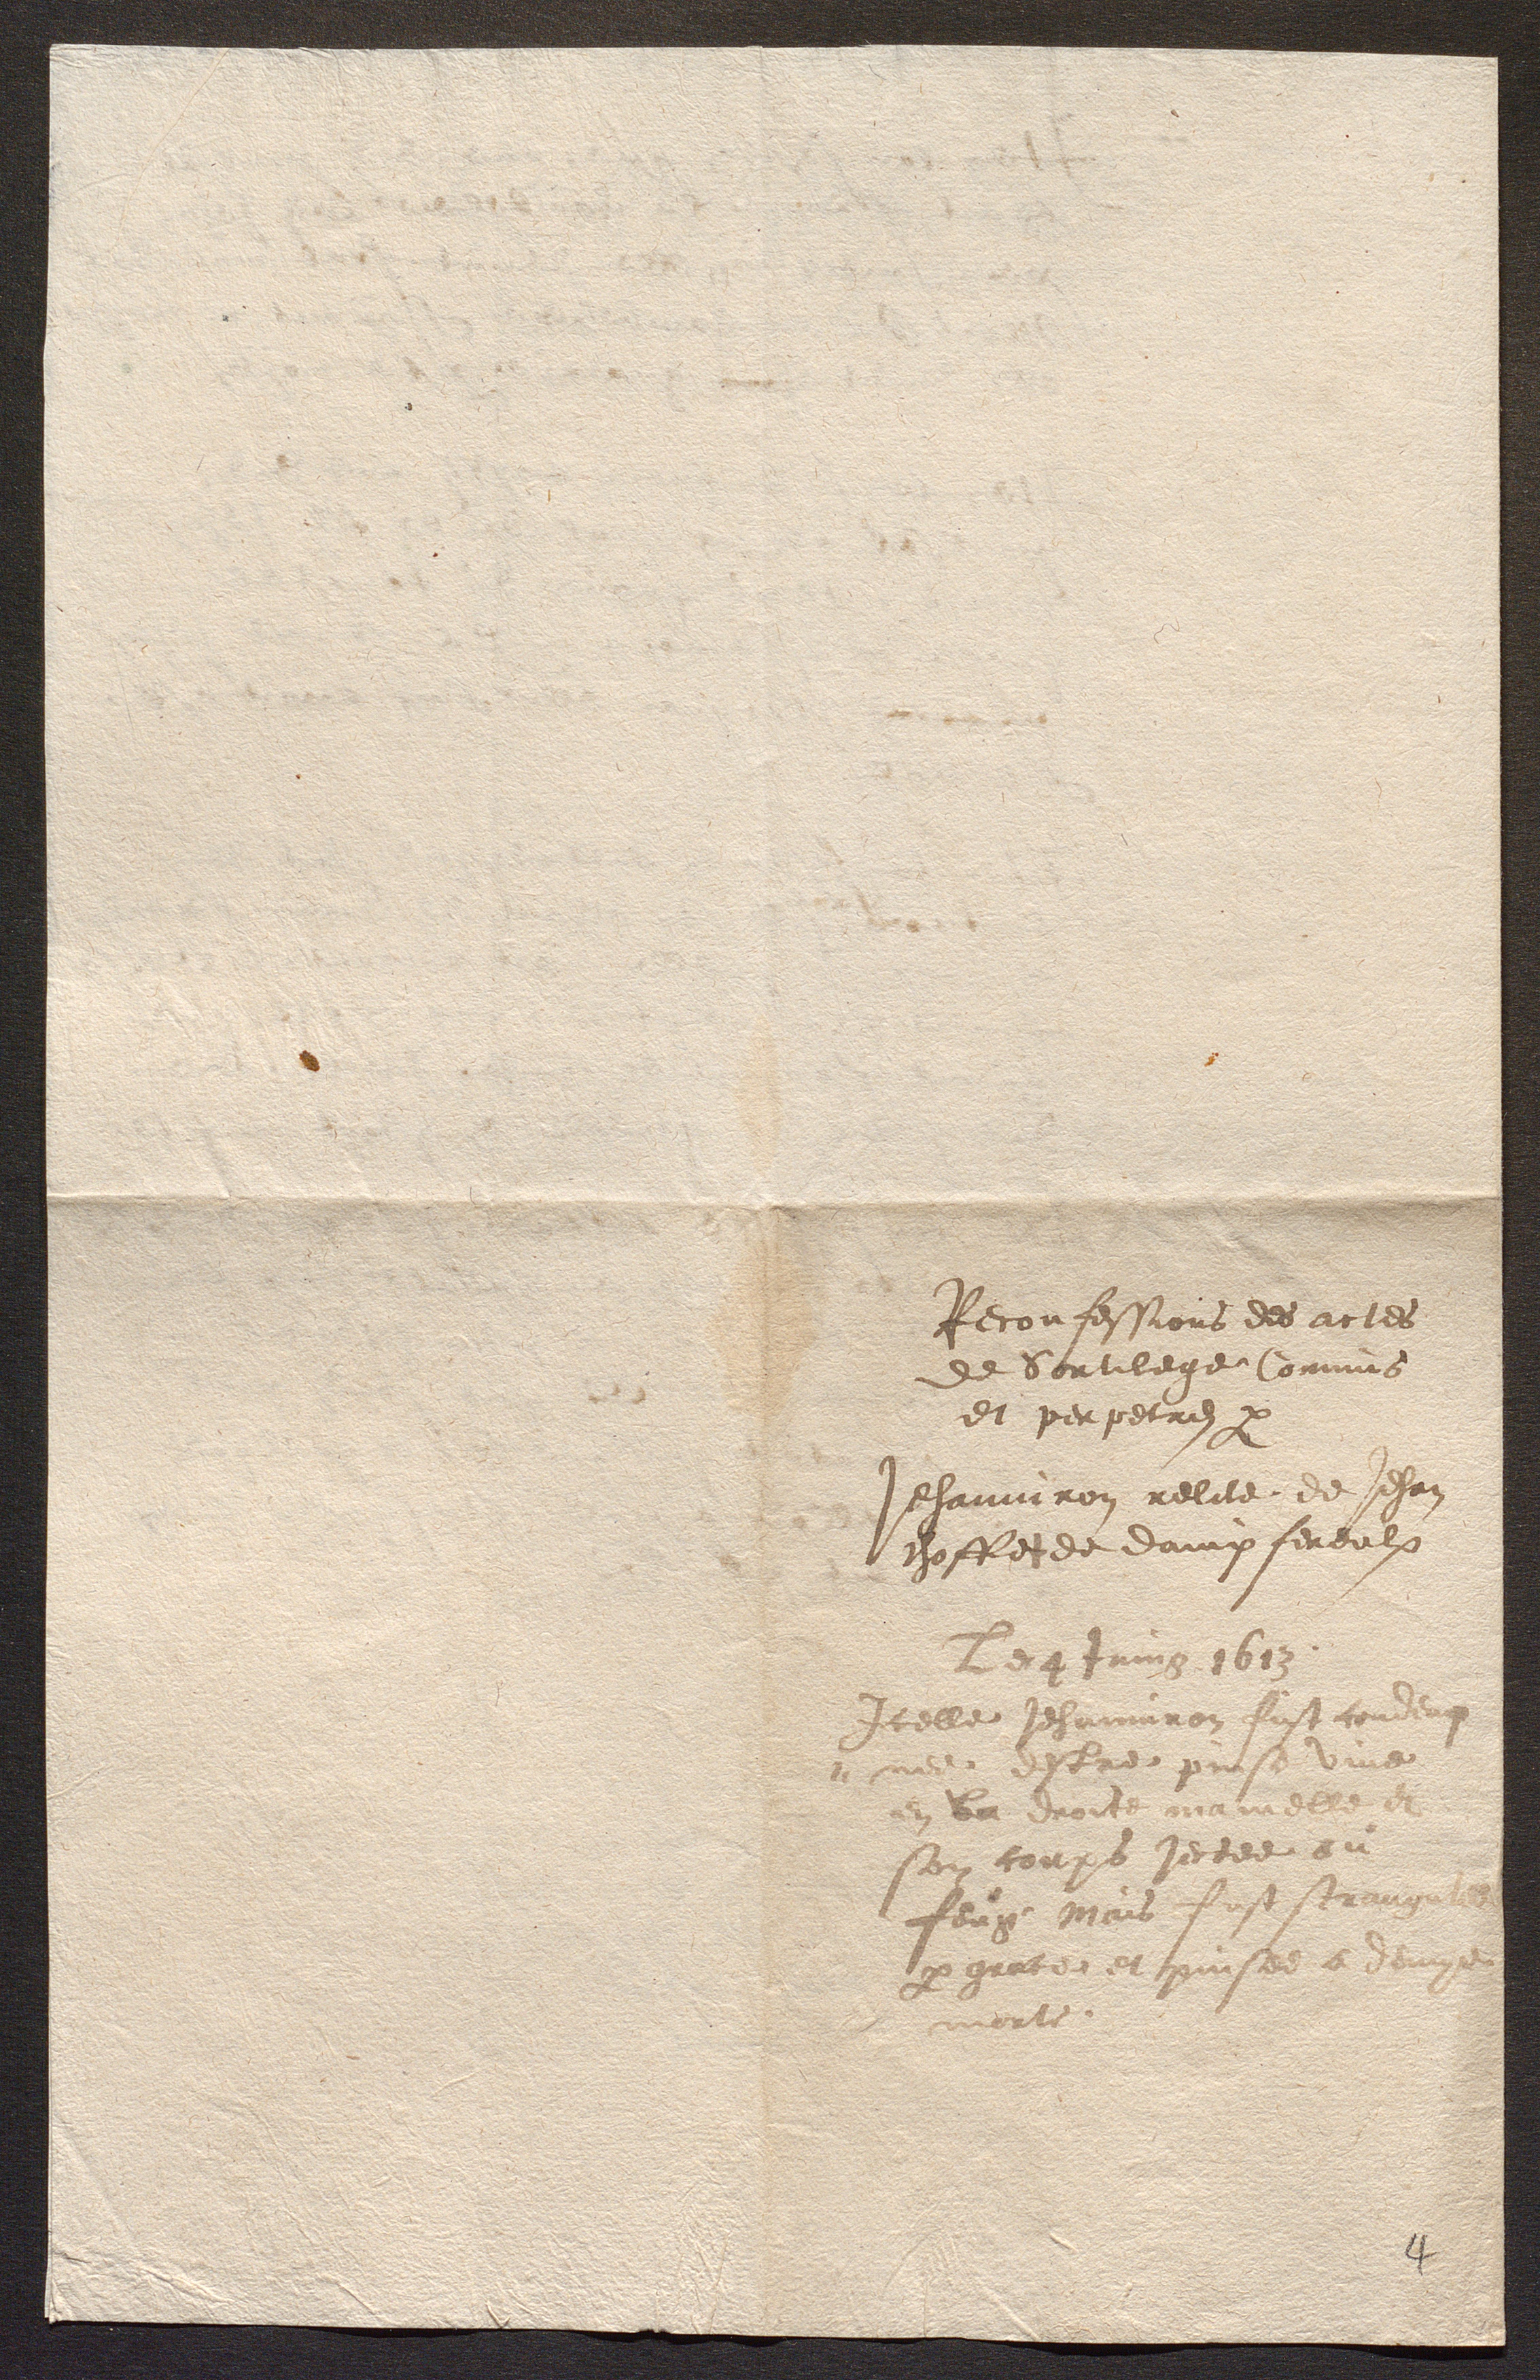
Reconfessions des actes
de Sortilege Commis
et perpetres par
Jehanniron relite de Jehan
choffe de dampfereulx
Lee Jaing 1613
Icelle Jehannenon fust coudduy
palde debre prese une
en tu droit rerrease
son coups jectee au
fluy mais fust serez
par gratee et puises e vaige
dele